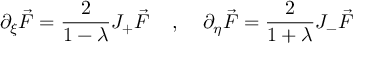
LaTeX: \partial _ { \xi } \vec { F } = \frac { 2 } { 1 - \lambda } J _ { + } \vec { F } \; \; \; \; , \; \; \; \; \partial _ { \eta } \vec { F } = \frac { 2 } { 1 + \lambda } J _ { - } \vec { F }